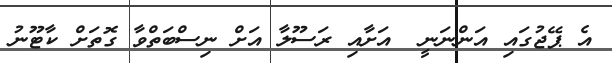
އެ ޕޭޖުގައި އަންނަނީ  އަށާއި ރަސޫލާ އަށް ނިސްބަތްވާ ގޮތަށް ކާޓޫނު